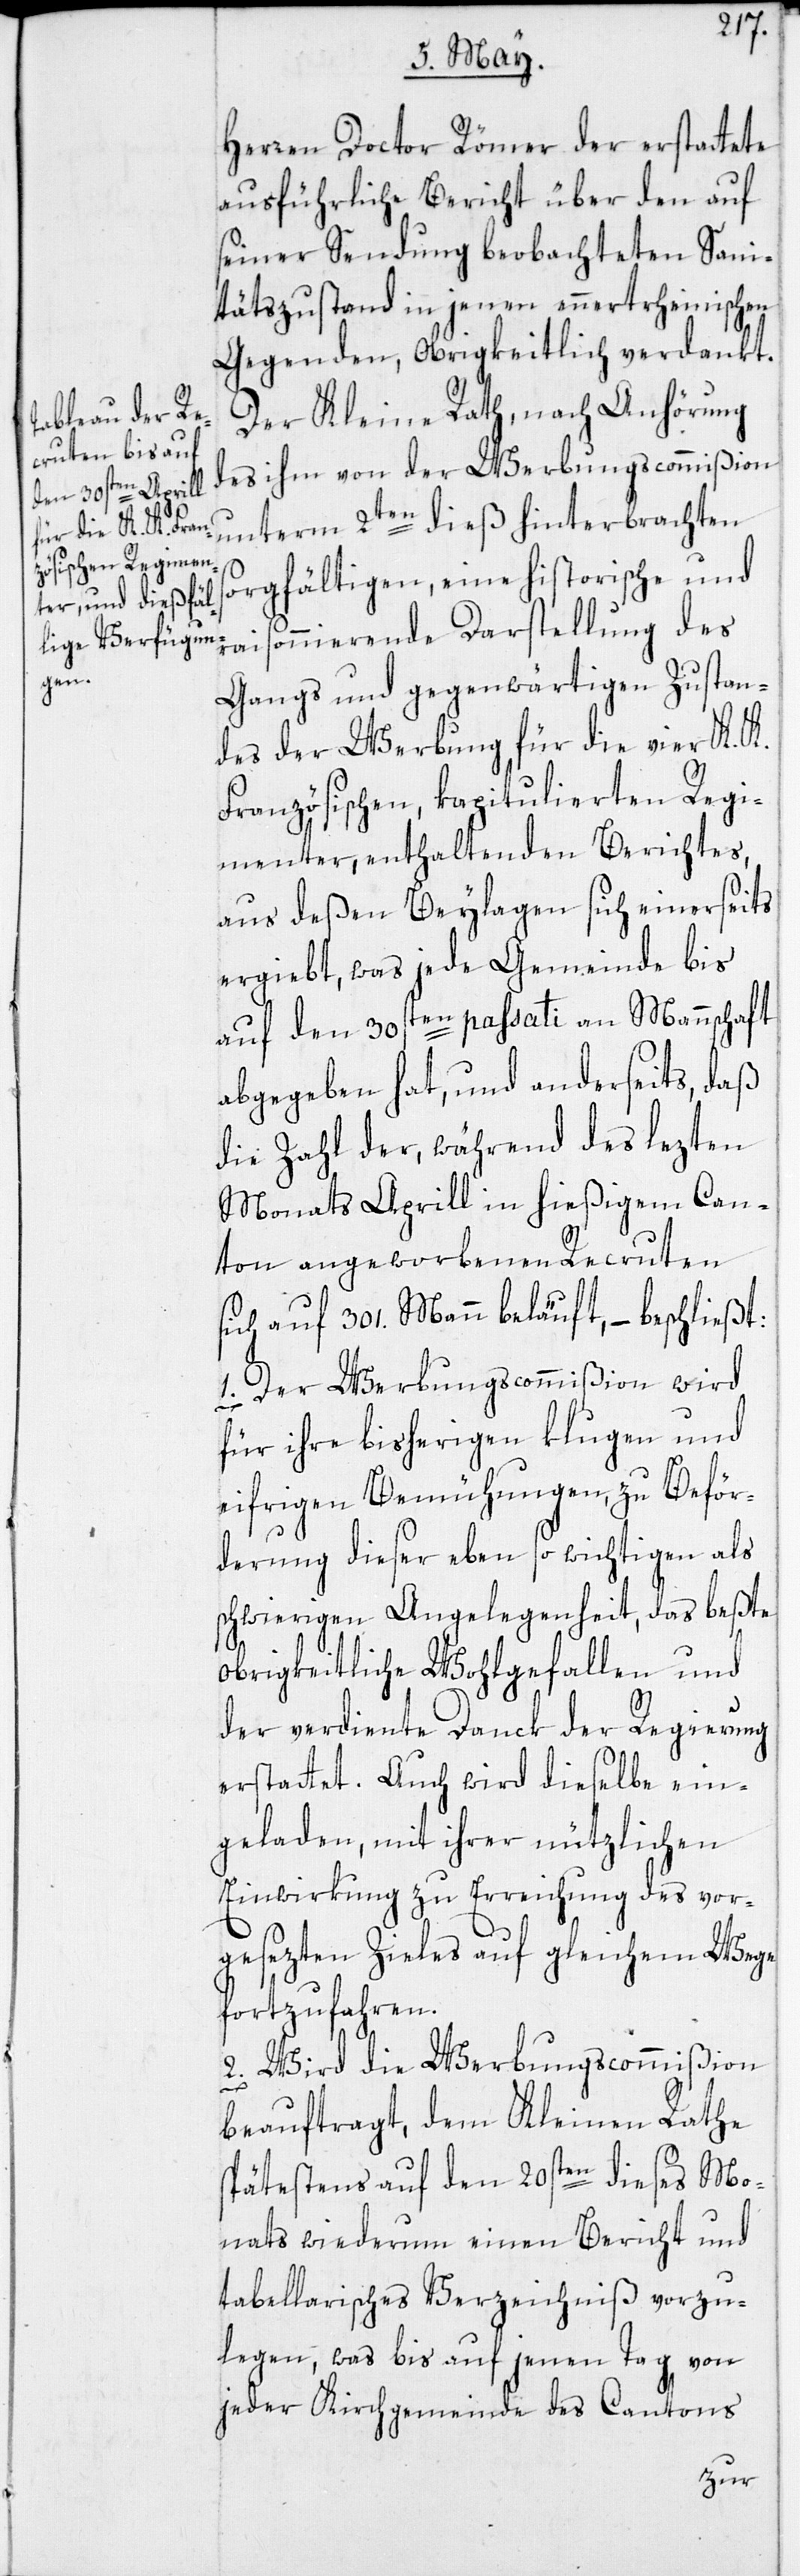
Herren Doctor Römer der erstattete
ausführliche Bericht über den auf
seiner Sendung beobachteten Sani¬
tätszustand in jenen ennertrheinischen
Gegenden, obrigkeitlich verdankt.
Der Kleine Rath, nach Anhörung
des ihm von der Werbungscommißion
unterm 2ten dieß hinterbrachten
sorgfältigen, eine historische und
raisonnierende Darstellung des
Gangs und gegenwärtigen Zustan¬
des der Werbung für die vier K. K.
Französischen, kapitulierten Regi¬
menter, enthaltenden Berichtes,
aus deßen Beylagen sich einerseits
ergiebt, was jede Gemeinde bis
auf den 30sten passati an Mannschaft
abgegeben hat, und anderseits, daß
die Zahl der, während des lezten
Monats Aprill in hießigem Can¬
ton angeworbenen Recruten
sich auf 301. Mann beläuft, – beschließt:
1. Der Werbungscommißion wird
für ihre bisherigen klugen und
eifrigen Bemühungen, zu Beför¬
derung dieser eben so wichtigen als
schwierigen Angelegenheit, das beßte
obrigkeitliche Wohlgefallen und
der verdiente Danck der Regierung
erstattet. Auch wird dieselbe ein¬
geladen, mit ihrer nützlichen
Einwirkung zu Erreichung des vor¬
gesezten Zieles auf gleichem Wege
fortzufahren.
2. Wird die Werbungscommißion
beauftragt, dem Kleinen Rathe
spätestens auf den 20sten dieses Mo¬
nats wiederum einen Bericht und
tabellarisches Verzeichniß vorzu¬
legen, was bis auf jenen Tag von
jeder Kirchgemeinde des Cantons